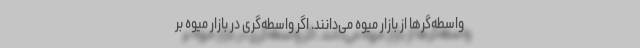
واسطه‌گرها از بازار میوه می‌دانند. اگر واسطه‌گری در بازار میوه بر